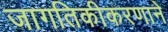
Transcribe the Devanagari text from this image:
जागतिकीकरणाने